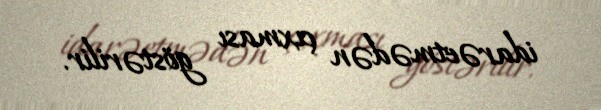
idarəetmədən çıxması göstərilir.